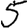
Digit: 5